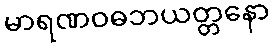
မာရဏဝဓဘယတ္တနော